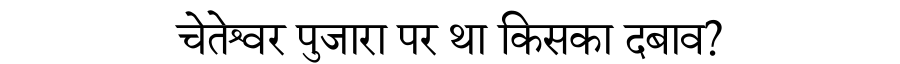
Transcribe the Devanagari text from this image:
चेतेश्वर पुजारा पर था किसका दबाव?